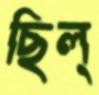
ছিল্